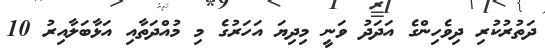
ދަތުރުކުރި ދިވެހިންގެ އަދަދު ވަނީ މިދިޔަ އަހަރުގެ މި މުއްދަތާއި އަޅާބަލާއިރު 10